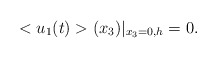
\begin{align*}<u_1(t)>(x_3)|_{x_3=0,h}=0.\end{align*}